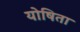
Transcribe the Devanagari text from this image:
योषिता